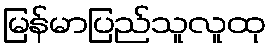
မြန်မာပြည်သူလူထု